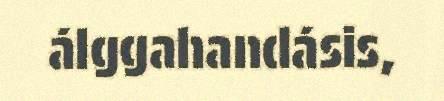
álggahandásis,